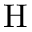
\mathrm { H }